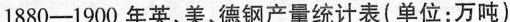
1880—1900年英、美、德钢产量统计表（单位：万吨）